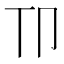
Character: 𫧹